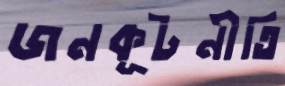
জনকূটনীতি